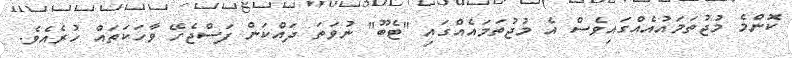
ކޮންމެ މުޖުތަމައުއެއްގައިވެސް އެ މުޖުތަމައެއްގައި "ޓެބޫ" ނުވަތަ ދައްކަން ފަސްޖެހޭ ވާހަކަތައް ހުރެއެވެ.